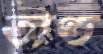
অণ্ড